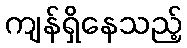
ကျန်ရှိနေသည့်